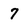
Character: 7